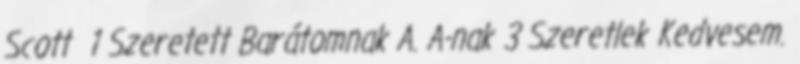
Scott 1 Szeretett Barátomnak A. A-nak 3 Szeretlek Kedvesem.